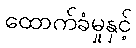
ထောက်ခံမှုနှင့်